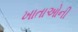
ખાતાઓની